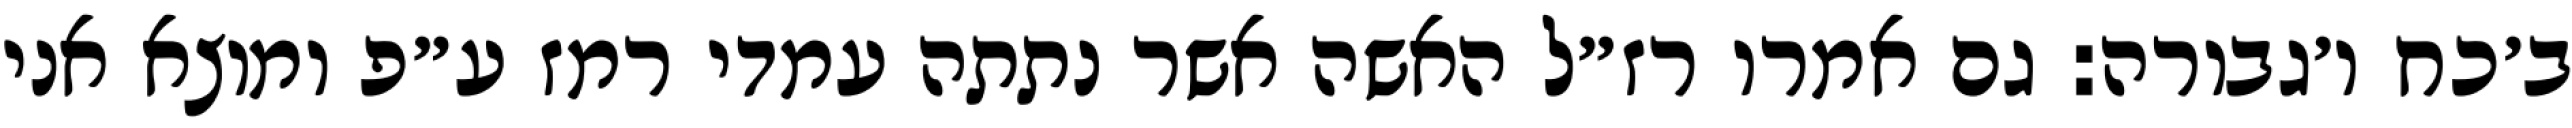
ב׳כח ו׳גבורה: גם אמרו רז״ל האשה אשר נתתה עמדי רמז ע״פ ומוצא אני